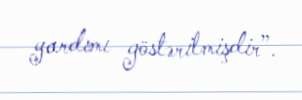
yardımı göstərilmişdir”.